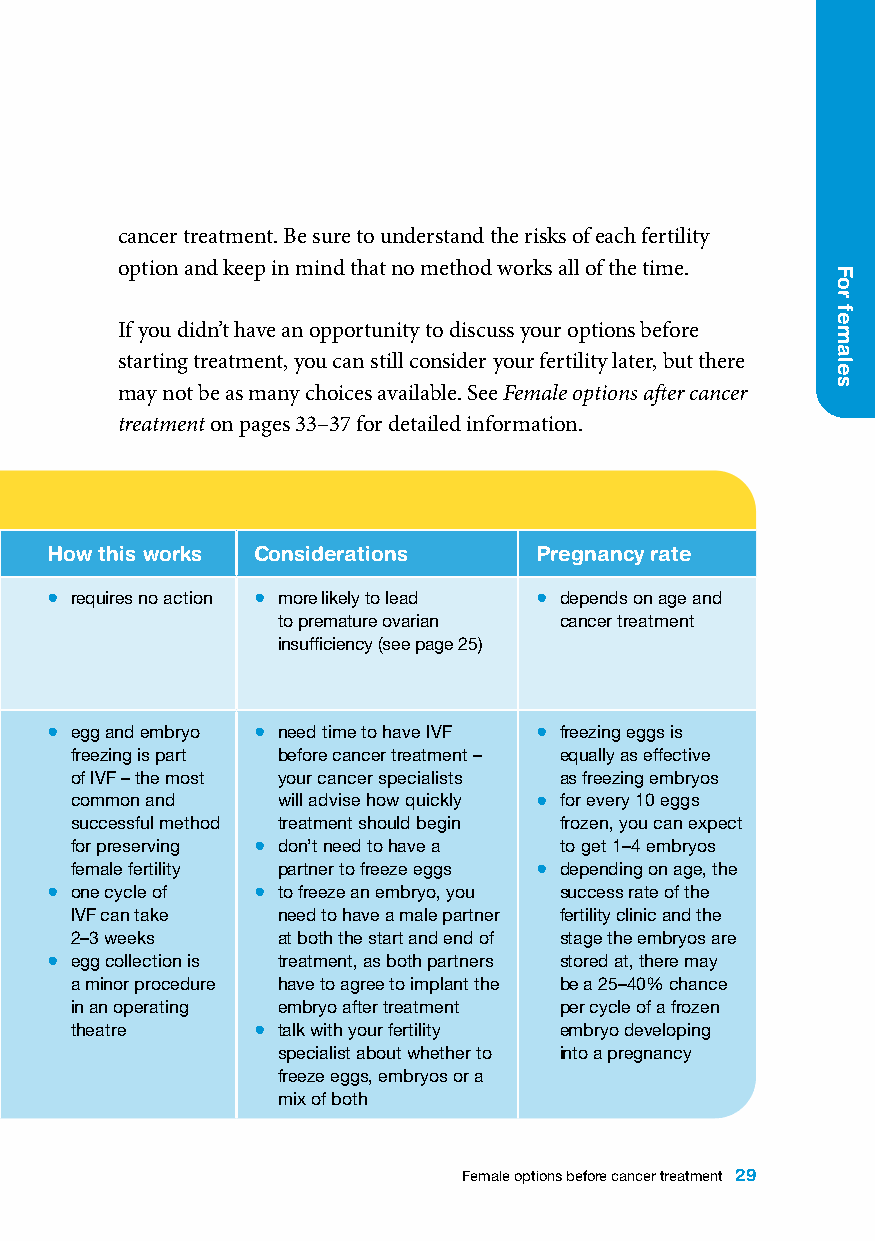
cancer treatment. Be sure to understand the risks of each fertility
 option and keep in mind that no method works all of the time.
 If you didn’t have an opportunity to discuss your options before
 starting treatment, you can still consider your fertility later, but there
 may not be as many choices available. See Female options after cancer
 treatment on pages 33–37 for detailed information.
 Preserving fertility in females
 Option What this is When this is used How this works Considerations Pregnancy rate
 wait and see • when no method • when you don’t have time to • requires no action • more likely to lead • depends on age and
 is used to preserve consider fertility preservation to premature ovarian cancer treatment
 fertility • when you choose to insufficiency (see page 25)
 start cancer treatment
 immediately
 egg or embryo • the process of • when you want to store • egg and embryo • need time to have IVF • freezing eggs is
 freezing collecting, developing eggs or embryos for the freezing is part before cancer treatment – equally as effective
 and freezing eggs or future – they can be stored of IVF – the most your cancer specialists as freezing embryos
 (cryopreservation)
 embryos as part of for many years common and will advise how quickly • for every 10 eggs
 an in-vitro fertilisation • legal limits on how long successful method treatment should begin frozen, you can expect
 (IVF) cycle eggs and embryos can be for preserving • don’t need to have a to get 1–4 embryos
 • see page 32 for stored are different in each female fertility partner to freeze eggs • depending on age, the
 an overview of the state and territory • one cycle of • to freeze an embryo, you success rate of the
 IVF process • your fertility clinic can IVF can take need to have a male partner fertility clinic and the
 advise about time limits and 2–3 weeks at both the start and end of stage the embryos are
 the cost of storage • egg collection is treatment, as both partners stored at, there may
 • when you are ready to have a minor procedure have to agree to implant the be a 25–40% chance
 a child, the frozen egg will in an operating embryo after treatment per cycle of a frozen
 be fertilised using IVF or the theatre • talk with your fertility embryo developing
 embryo will be implanted in specialist about whether to into a pregnancy
 your uterus       freeze eggs, embryos or a
 mix of both
 Female options before cancer treatment 29
 For
 females